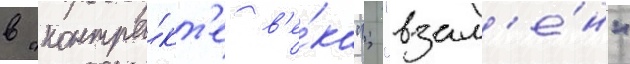
в "контра́кт'е в'е́ка"; "взам'е́н"